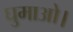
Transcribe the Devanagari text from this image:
घुमाओ।